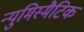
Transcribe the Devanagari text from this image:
न्युमिस्मैटिक